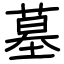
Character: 墓